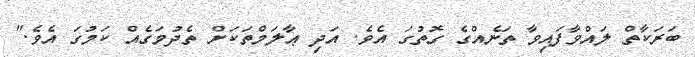
ބަރަކާތް ލައްވާފައިވާ ތަނެއްގެ ގޮތުގަ އެވެ. އަދި ޢާލަމްތަކަށް ތެދުމަގެއް ކަމުގަ އެވެ."